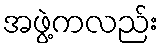
အဖွဲ့ကလည်း